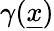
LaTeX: \gamma(\underline{{x}})